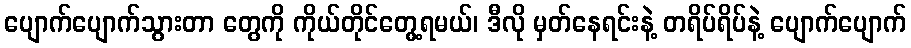
ပျောက်ပျောက်သွားတာ တွေကို ကိုယ်တိုင်တွေ့ရမယ်၊ ဒီလို မှတ်နေရင်းနဲ့ တရိပ်ရိပ်နဲ့ ပျောက်ပျောက်